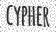
cypher